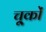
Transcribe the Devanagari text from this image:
चू्कों